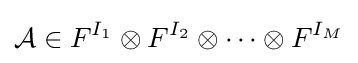
{\mathcal {A}}\in F^{I_{1}}\otimes F^{I_{2}}\otimes \cdots \otimes F^{I_{M}}